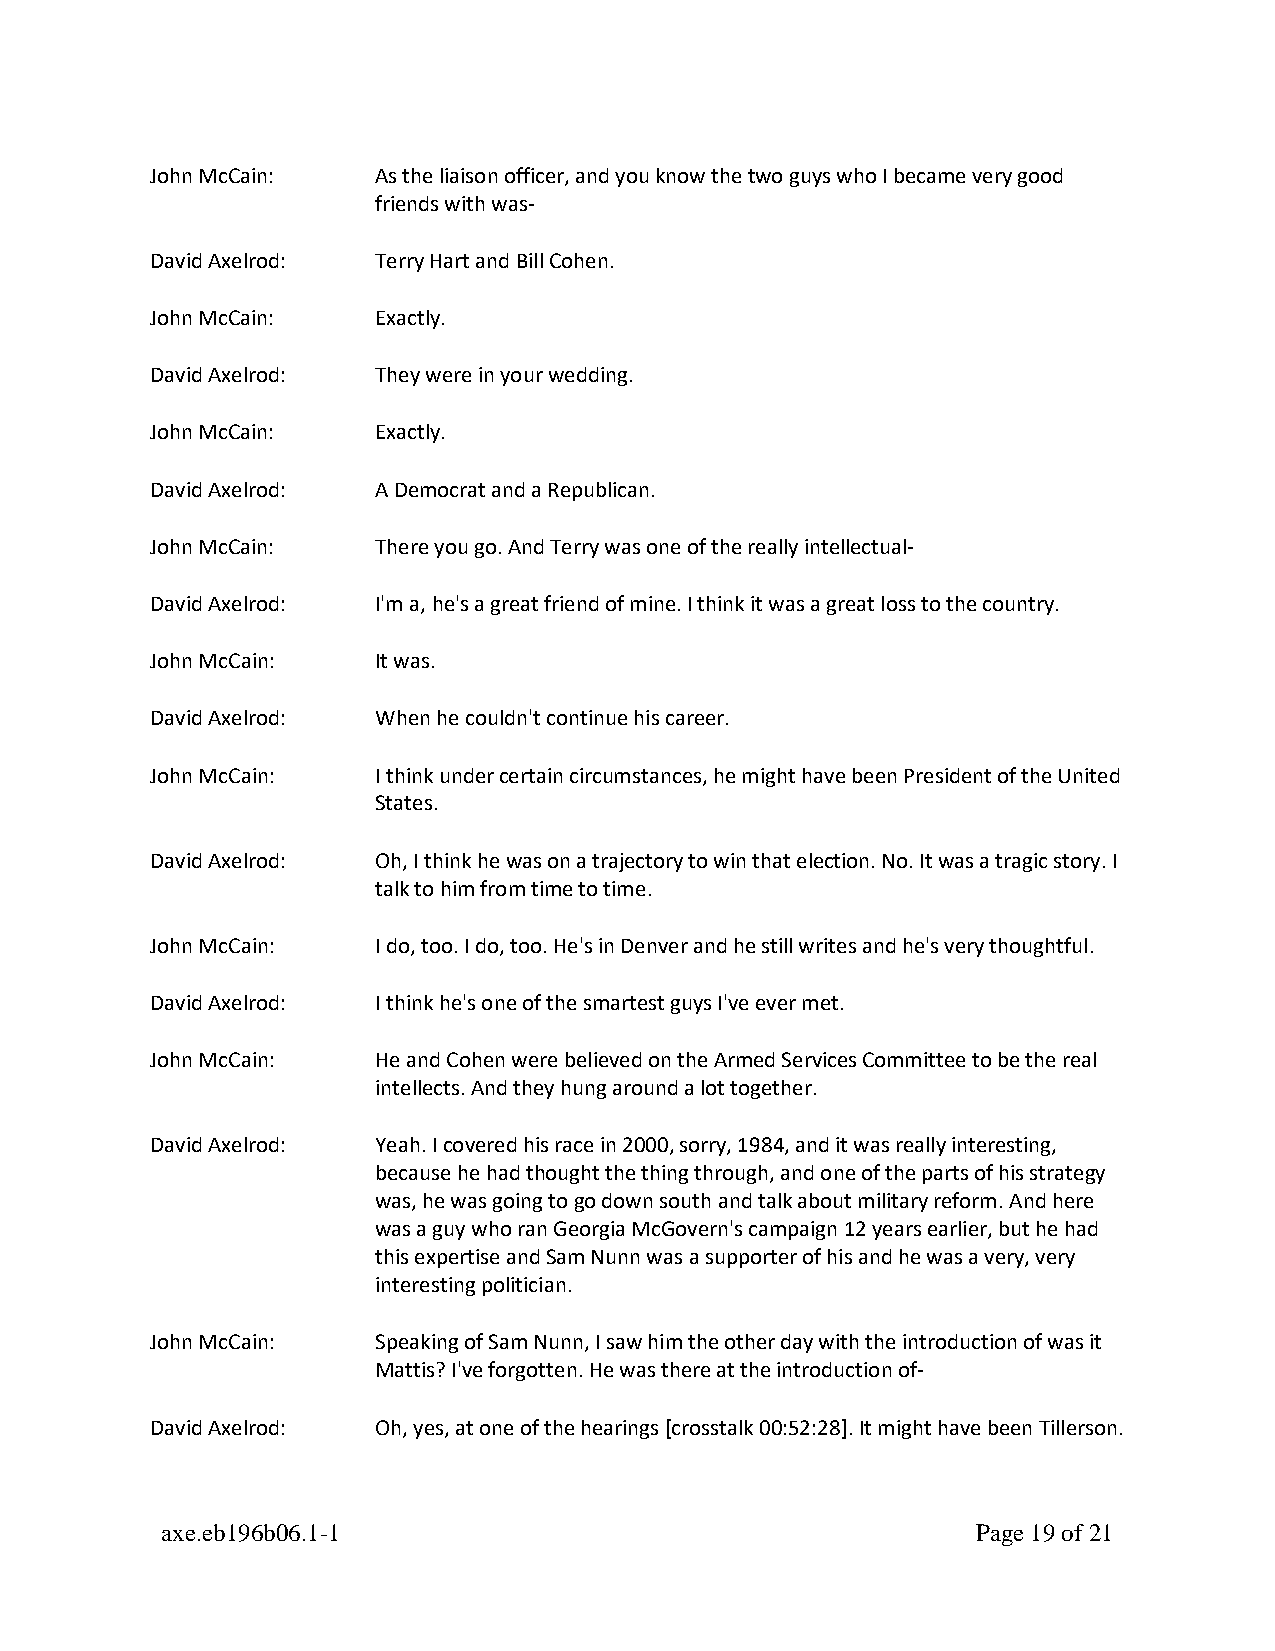
John McCain:   As the liaison officer, and you know the two guys who I became very good
 friends with was-
 David Axelrod: Terry Hart and Bill Cohen.
 John McCain:   Exactly.
 David Axelrod: They were in your wedding.
 John McCain:   Exactly.
 David Axelrod: A Democrat and a Republican.
 John McCain:   There you go. And Terry was one of the really intellectual-
 David Axelrod: I'm a, he's a great friend of mine. I think it was a great loss to the country.
 John McCain:   It was.
 David Axelrod: When he couldn't continue his career.
 John McCain:   I think under certain circumstances, he might have been President of the United
 States.
 David Axelrod: Oh, I think he was on a trajectory to win that election. No. It was a tragic story. I
 talk to him from time to time.
 John McCain:   I do, too. I do, too. He's in Denver and he still writes and he's very thoughtful.
 David Axelrod: I think he's one of the smartest guys I've ever met.
 John McCain:   He and Cohen were believed on the Armed Services Committee to be the real
 intellects. And they hung around a lot together.
 David Axelrod: Yeah. I covered his race in 2000, sorry, 1984, and it was really interesting,
 because he had thought the thing through, and one of the parts of his strategy
 was, he was going to go down south and talk about military reform. And here
 was a guy who ran Georgia McGovern's campaign 12 years earlier, but he had
 this expertise and Sam Nunn was a supporter of his and he was a very, very
 interesting politician.
 John McCain:   Speaking of Sam Nunn, I saw him the other day with the introduction of was it
 Mattis? I've forgotten. He was there at the introduction of-
 David Axelrod: Oh, yes, at one of the hearings [crosstalk 00:52:28]. It might have been Tillerson.
 axe.eb196b06.1-1                                      Page 19 of 21